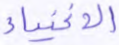
الأغنياء